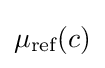
\mu _{\text{ref}}(c)